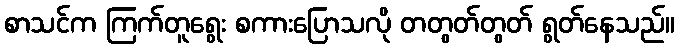
စာသင်က ကြက်တူရွေး စကားပြောသလို တတွတ်တွတ် ရွတ်နေသည်။